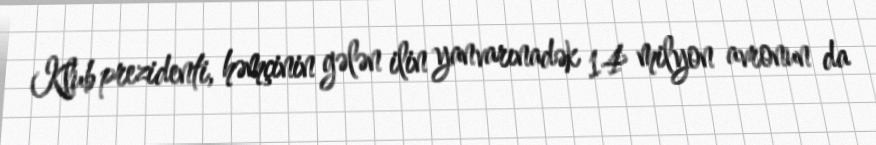
Klub prezidenti, həmçinin gələn ilin yanvarınadək 14 milyon avronun da